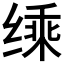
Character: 𮶄